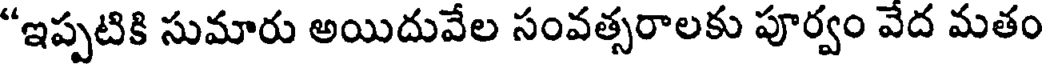
"ఇప్పటికి సుమారు అయిదువేల సంవత్సరాలకు పూర్వం వేద మతం